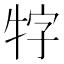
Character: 牸